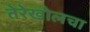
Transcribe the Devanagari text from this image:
तेरेखोलचा